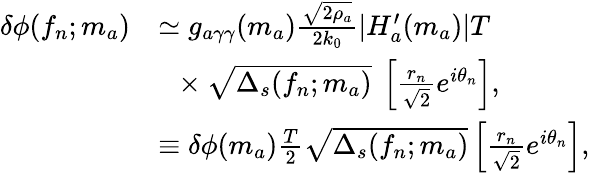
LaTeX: \begin{array}{rl}{\delta\phi(f_{n};m_{a})}&{\simeq g_{a\gamma\gamma}(m_{a})\frac{\sqrt{2\rho_{a}}}{2k_{0}}|H_{a}^{\prime}(m_{a})|T}\\ &{~~\times\sqrt{\Delta_{s}(f_{n};m_{a})}~\left[\frac{r_{n}}{{\sqrt{2}}}e^{i\theta_{n}}\right],}\\ &{\equiv\delta\phi(m_{a})\frac{T}{2}\sqrt{\Delta_{s}(f_{n};m_{a})}\left[\frac{r_{n}}{{\sqrt{2}}}e^{i\theta_{n}}\right],}\end{array}